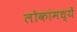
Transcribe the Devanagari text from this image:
लोकांमध्यें